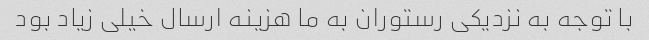
با توجه به نزدیکی رستوران به ما هزینه ارسال خیلی زیاد بود